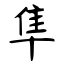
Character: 隼